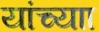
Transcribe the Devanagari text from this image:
यांच्याा